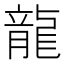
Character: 龍